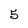
Character: 5